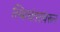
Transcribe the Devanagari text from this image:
स्थित्यंतरांवरून